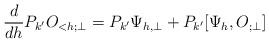
LaTeX: \begin{align*}\frac{d}{dh} P_{k'} O_{<h;\perp} = P_{k'} \Psi_{h,\perp}+ P_{k'} [\Psi_{h},O_{;\perp}] \end{align*}